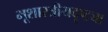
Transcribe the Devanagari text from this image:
भूशास्त्रीयदृष्ट्या